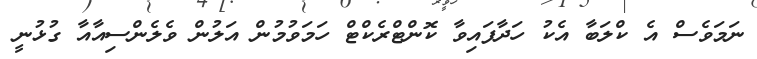
ނަމަވެސް އެ ކްލަބާ އެކު ހަދާފައިވާ ކޮންޓްރެކްޓް ހަމަވުމުން އަލުން ވެލެންސިއާއާ ގުޅުނީ